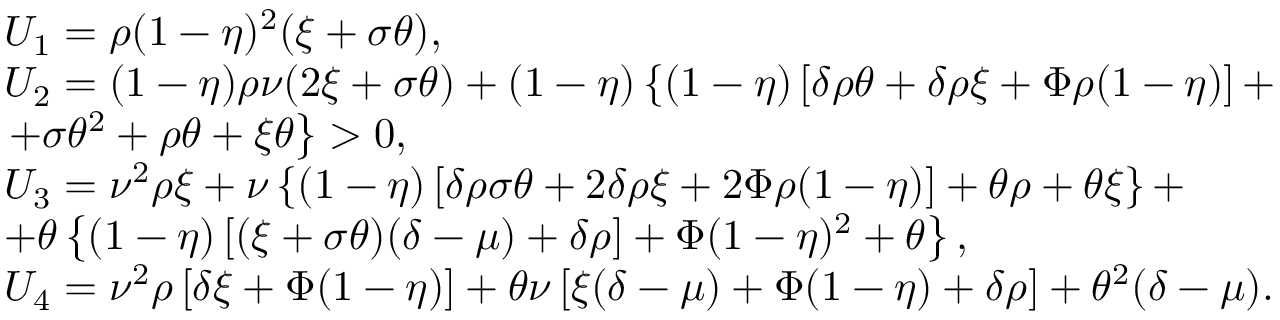
\begin{array} { l } { U _ { 1 } = \rho ( 1 - \eta ) ^ { 2 } ( \xi + \sigma \theta ) , } \\ { U _ { 2 } = ( 1 - \eta ) \rho \nu ( 2 \xi + \sigma \theta ) + ( 1 - \eta ) \left\{ ( 1 - \eta ) \left[ \delta \rho \theta + \delta \rho \xi + \Phi \rho ( 1 - \eta ) \right] + \right. } \\ { \left. + \sigma \theta ^ { 2 } + \rho \theta + \xi \theta \right\} > 0 , } \\ { U _ { 3 } = \nu ^ { 2 } \rho \xi + \nu \left\{ ( 1 - \eta ) \left[ \delta \rho \sigma \theta + 2 \delta \rho \xi + 2 \Phi \rho ( 1 - \eta ) \right] + \theta \rho + \theta \xi \right\} + } \\ { + \theta \left\{ ( 1 - \eta ) \left[ ( \xi + \sigma \theta ) ( \delta - \mu ) + \delta \rho \right] + \Phi ( 1 - \eta ) ^ { 2 } + \theta \right\} , } \\ { U _ { 4 } = \nu ^ { 2 } \rho \left[ \delta \xi + \Phi ( 1 - \eta ) \right] + \theta \nu \left[ \xi ( \delta - \mu ) + \Phi ( 1 - \eta ) + \delta \rho \right] + \theta ^ { 2 } ( \delta - \mu ) . } \end{array}